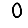
Digit: 0